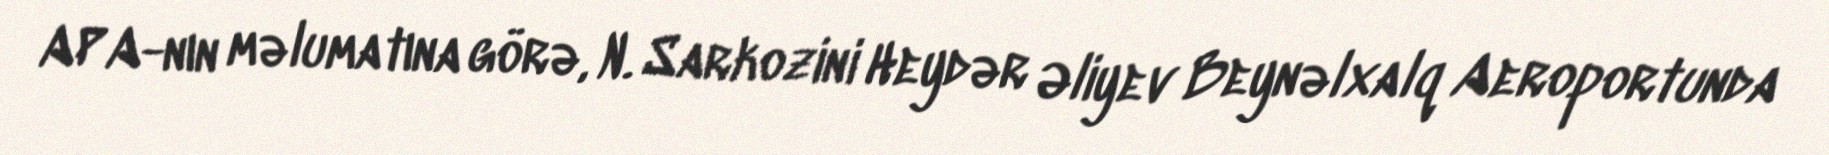
APA-nın məlumatına görə, N. Sarkozini Heydər Əliyev Beynəlxalq Aeroportunda